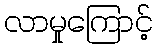
လာမှုကြောင့်